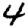
Digit: 4